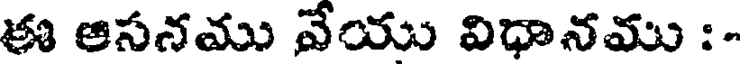
ఈ ఆసనము వేయు విధానము :-